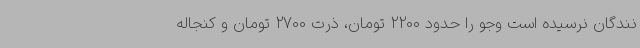
نندگان نرسیده است وجو را حدود 2200 تومان، ذرت 2700 تومان و کنجاله